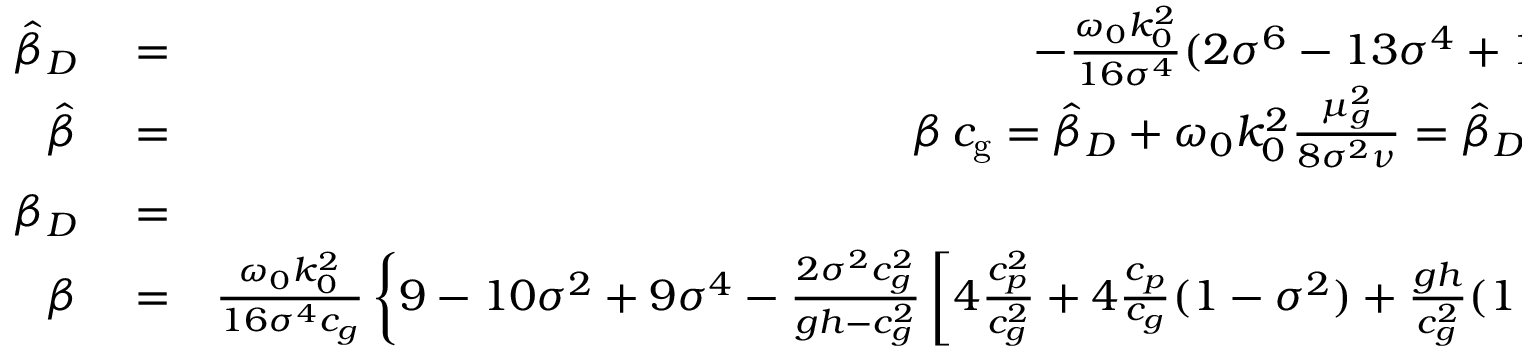
\begin{array} { r l r } { \hat { \beta } _ { D } } & { { } = } & { - \frac { \omega _ { 0 } k _ { 0 } ^ { 2 } } { 1 6 \sigma ^ { 4 } } ( 2 \sigma ^ { 6 } - 1 3 \sigma ^ { 4 } + 1 2 \sigma ^ { 2 } - 9 ) } \\ { \hat { \beta } } & { { } = } & { \beta \, { c _ { \mathrm { g } } } = \hat { \beta } _ { D } + \omega _ { 0 } k _ { 0 } ^ { 2 } \frac { \mu _ { g } ^ { 2 } } { 8 \sigma ^ { 2 } \nu } = \hat { \beta } _ { D } - \frac { k _ { 0 } \mu _ { g } } { 4 \sigma h } D } \\ { \beta _ { D } } & { { } = } & { \frac { \hat { \beta } _ { D } } { c _ { g } } } \\ { \beta } & { { } = } & { \frac { \omega _ { 0 } k _ { 0 } ^ { 2 } } { 1 6 \sigma ^ { 4 } c _ { g } } \left\{ 9 - 1 0 \sigma ^ { 2 } + 9 \sigma ^ { 4 } - \frac { 2 \sigma ^ { 2 } c _ { g } ^ { 2 } } { g h - c _ { g } ^ { 2 } } \left[ 4 \frac { c _ { p } ^ { 2 } } { c _ { g } ^ { 2 } } + 4 \frac { c _ { p } } { c _ { g } } ( 1 - \sigma ^ { 2 } ) + \frac { g h } { c _ { g } ^ { 2 } } ( 1 - \sigma ^ { 2 } ) ^ { 2 } \right] \right\} } \end{array}